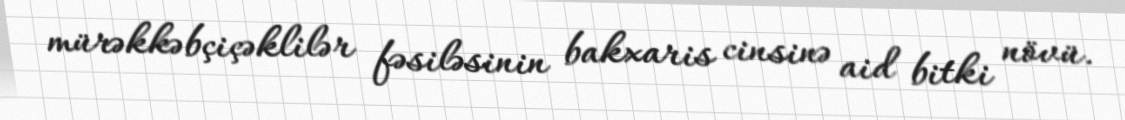
mürəkkəbçiçəklilər fəsiləsinin bakxaris cinsinə aid bitki növü.